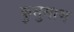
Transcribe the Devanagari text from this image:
कुसुमाभ